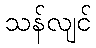
သန်လျင်